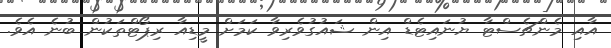
އާއި މެންޗެސްޓާ ޔުނައިޓެޑް އިން ޝައުގުވެރިވާ ކަމަށް މީޑިއާ ރިޕޯޓްތަކުން ބުނެ އެވެ.